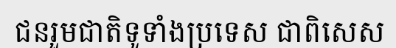
ជនរួមជាតិទូទាំងប្រទេស ជាពិសេស